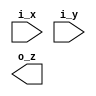
//////////////////////////////////////////////////////////////////////////////////
// Company       : TSU
// Engineer      : 
// 
// Project Name  : 
// Design Name   : 
// Description   : 
// 
// Dependencies  : 
// 
// Revision      : 
//                 - V1.0 File Created
// Additional Comments:
// 
//////////////////////////////////////////////////////////////////////////////////
// 


`default_nettype none
`timescale 1ns/1ps
module lix_xor  #(
    parameter  W = 32
  )(
    input  wire [W-1:0] i_x,
    input  wire [W-1:0] i_y,
    output wire [W-1:0] o_z);

`ifdef SIM

  genvar i;
  generate
  for (i = 0 ; i < W ; i = i + 1)begin: GXOR

    assign o_z[i] = i_x[i] ^ i_y[i];
    
  end
  endgenerate

`elsif FPGA

  genvar i;
  generate    
    for (i = 0 ; i < W ; i = i +1) begin: GXOR

      LUT6 #(.INIT(64'h0000000000000006))
       lut6_xor_inst(
        .O (o_z[i]),
        .I0(i_x[i]),
        .I1(i_y[i]),
        .I2(1'd0),
        .I3(1'd0),
        .I4(1'd0),
        .I5(1'd0)
        );

    end
  endgenerate


`elsif TSMC_28N

  genvar i;
  generate
    for (i = 0 ; i < W ; i = i +1) begin: GXOR
      XOR2D4BWP12T30P140LVT u_xor
      (.A1(i_x[i]),.A2(i_y[i]),.Z(o_z[i]));
    end
  endgenerate

`elsif LIB_45NM

  genvar i;
  generate
    for (i = 0 ; i < W ; i = i +1) begin: GXOR
      XOR2_X2 u_xor
      (.A(i_x[i]), .B(i_y[i]), .Z(o_z[i]));
    end
  endgenerate


`else


`endif

endmodule